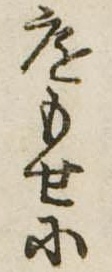
庭もせに